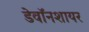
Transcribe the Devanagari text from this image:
डेवॉनशायर